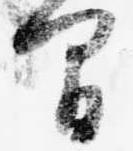
間